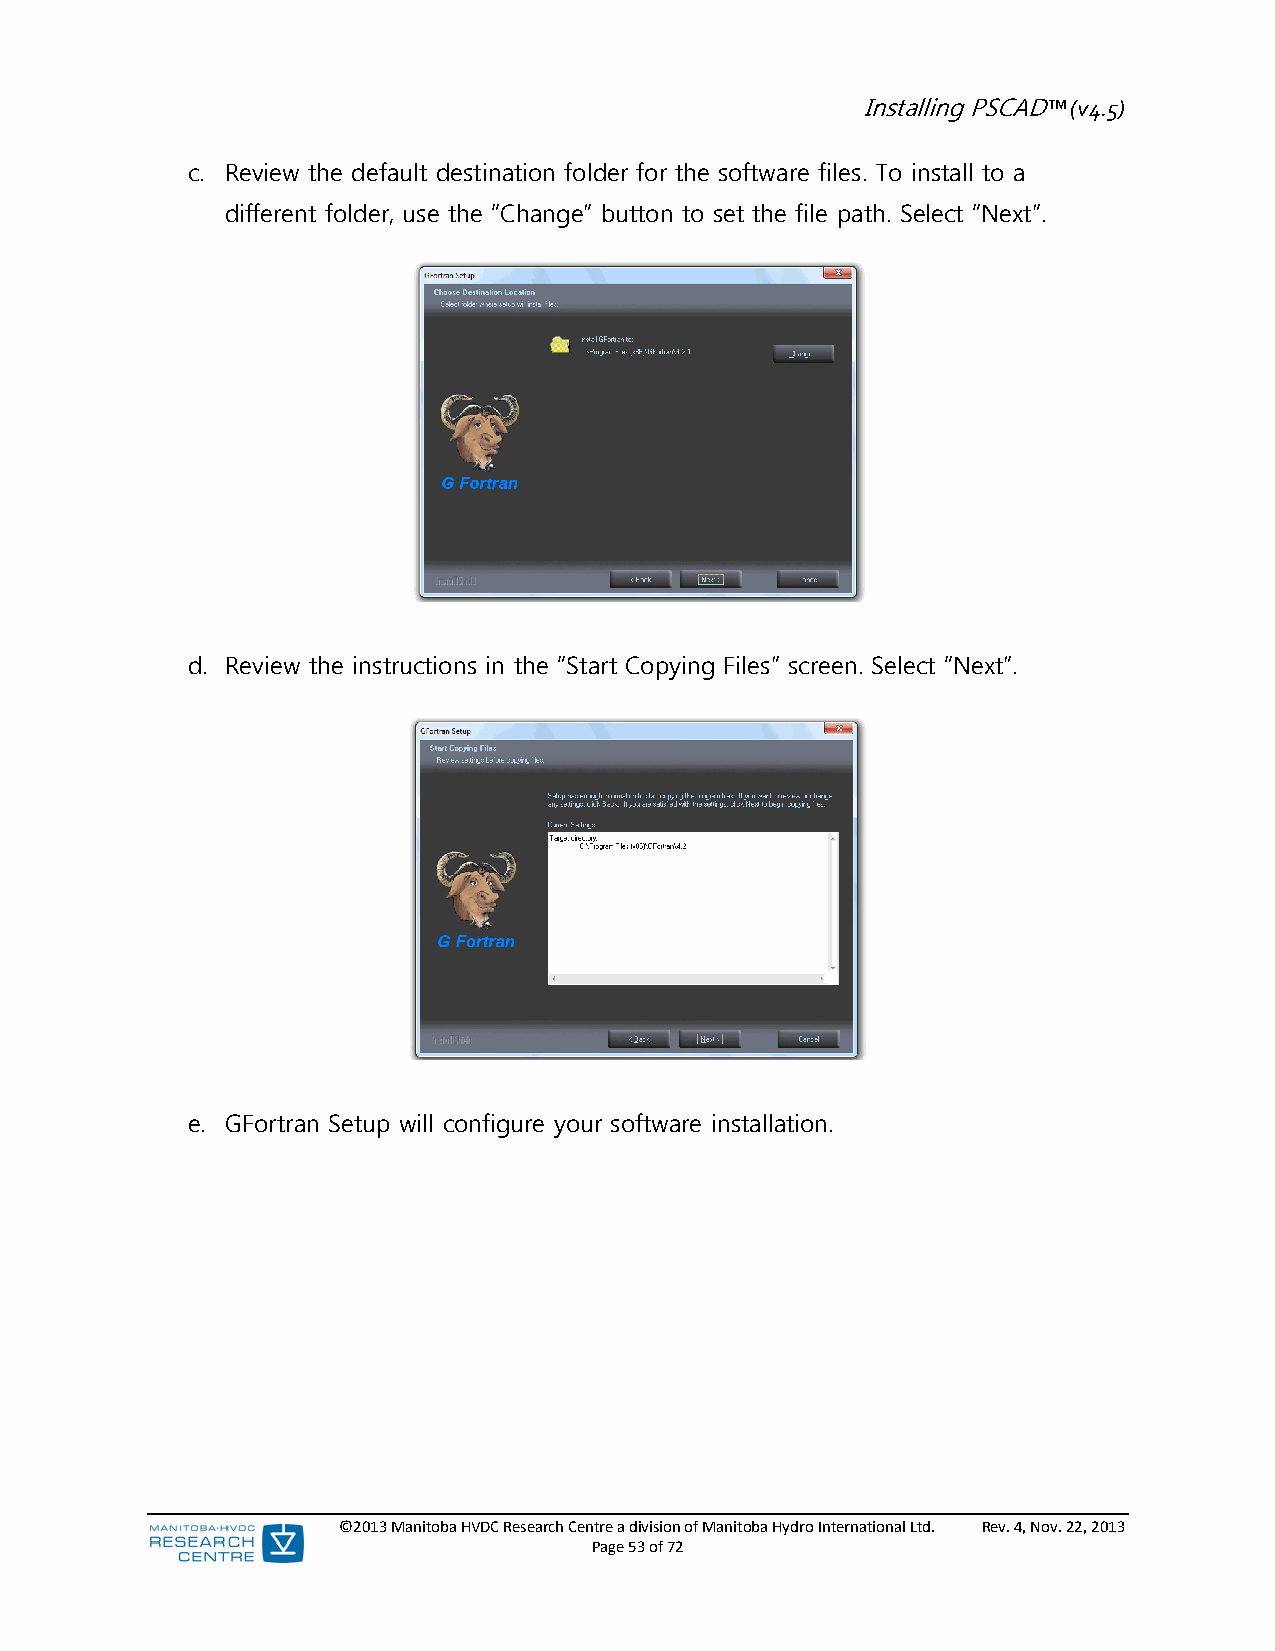
Installing PSCAD™ (v4.5)
 c. Review the default destination folder for the software files. To install to a
 different folder, use the “Change” button to set the file path. Select “Next”.
 d. Review the instructions in the “Start Copying Files” screen. Select “Next”.
 e. GFortran Setup will configure your software installation.
 ©2013 Manitoba HVDC Research Centre a division of Manitoba Hydro International Ltd. Rev. 4, Nov. 22, 2013
 Page 53 of 72